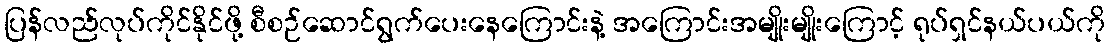
ပြန်လည်လုပ်ကိုင်နိုင်ဖို့ စီစဉ်ဆောင်ရွက်ပေးနေကြောင်းနဲ့ အကြောင်းအမျိုးမျိုးကြောင့် ရုပ်ရှင်နယ်ပယ်ကို